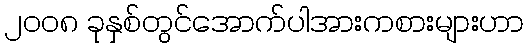
၂၀၀၈ ခုနှစ်တွင်အောက်ပါအားကစားများဟာ